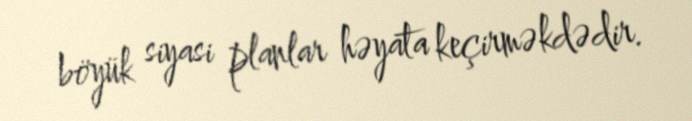
böyük siyasi planlar həyata keçirməkdədir.